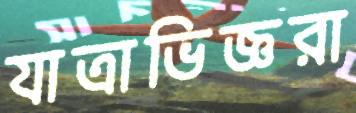
যাত্রাভিজ্ঞরা